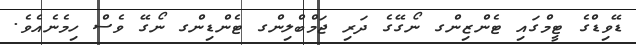
ޑޭވިޑްގެ ޓީމްގައި ޓެންޒިންގ ނޯގޭގެ ދަރި ޖަމްބްލިންގ ޓެންޑިންގ ނޯގޭ ވެސް ހިމެނެއެވެ.